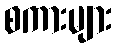
စကားများ